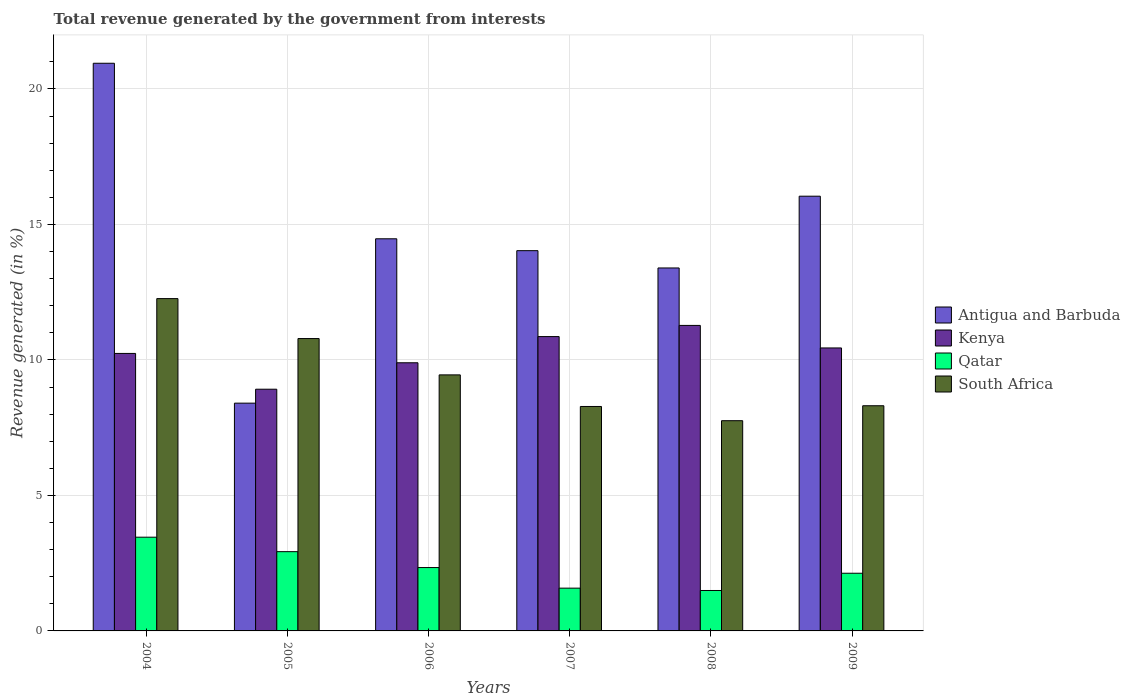
| Years | Antigua and Barbuda | Kenya | Qatar | South Africa |
 | --- | --- | --- | --- | --- |
 | 2004 | 20.9 | 10.2 | 3.46 | 12.3 |
 | 2005 | 8.41 | 8.92 | 2.92 | 10.8 |
 | 2006 | 14.5 | 9.9 | 2.34 | 9.45 |
 | 2007 | 14 | 10.9 | 1.58 | 8.28 |
 | 2008 | 13.4 | 11.3 | 1.49 | 7.76 |
 | 2009 | 16 | 10.4 | 2.13 | 8.31 |